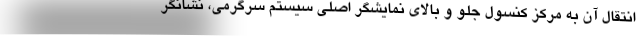
انتقال آن به مرکز کنسول جلو و بالای نمایشگر اصلی سیستم سرگرمی، نشانگر